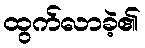
ထွက်လာခဲ့၏